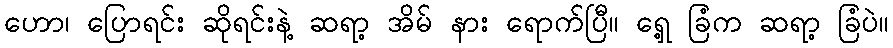
ဟော၊ ပြောရင်း ဆိုရင်းနဲ့ ဆရာ့ အိမ် နား ရောက်ပြီ။ ရှေ့ ခြံက ဆရာ့ ခြံပဲ။